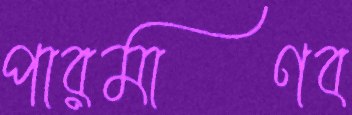
পারমাণব